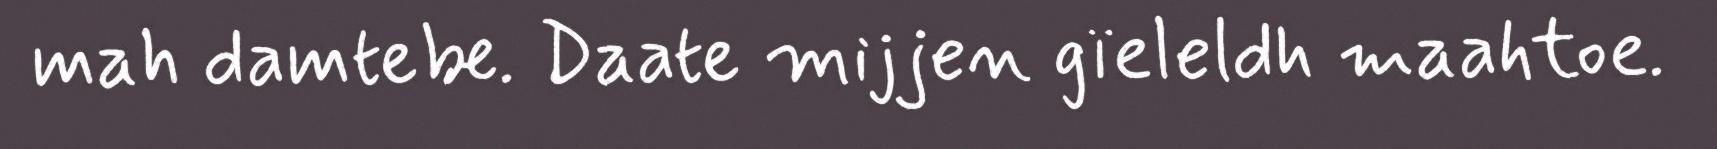
mah damtebe. Daate mijjen gïeleldh maahtoe.